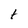
Character: t